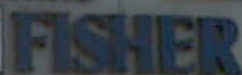
FISHER